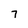
Character: 7